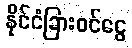
နိုင်ငံခြားဝင်ငွေ